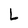
Character: L